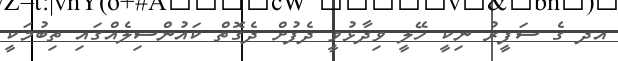
އދ ގެ ސަފީރު ނިކީ ހޭލީ ވިދާޅުވީ ދެފުށް ދެގޮތް ކައުންސިލެއްގައި ތިބުމަކީ